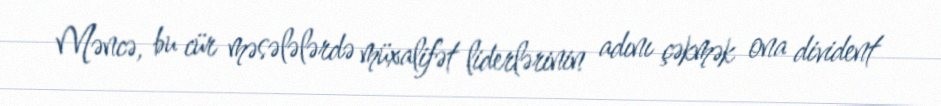
Məncə, bu cür məsələlərdə müxalifət liderlərinin adını çəkmək ona divident